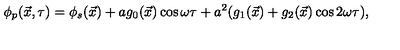
\phi _ { p } ( \vec { x } , \tau ) = \phi _ { s } ( \vec { x } ) + a g _ { 0 } ( \vec { x } ) \cos \omega \tau + a ^ { 2 } ( g _ { 1 } ( \vec { x } ) + g _ { 2 } ( \vec { x } ) \cos 2 \omega \tau ) ,